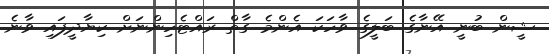
ޝީން ބުނީ އޭނާގެ ބަލީގެ ވާހަކަ އެންމެ ގާތް ރައްޓެހިންނަށް ކިޔާދީފައި ވާނެ